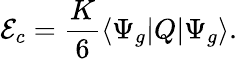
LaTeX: {\mathcal E}_{c}=\frac K6\langle\Psi_{g}|Q|\Psi_{g}\rangle.